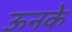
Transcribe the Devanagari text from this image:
ऊनके